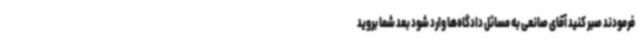
فرمودند صبر کنید آقای صانعی به مسائل دادگاه‌ها وارد شود بعد شما بروید